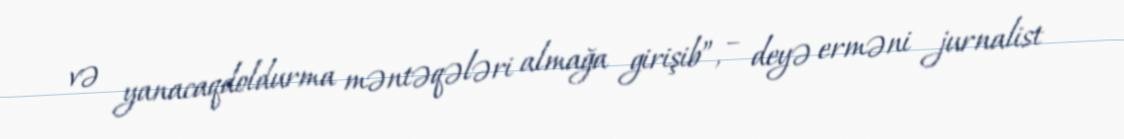
və yanacaqdoldurma məntəqələri almağa girişib”, – deyə erməni jurnalist